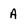
Character: a